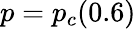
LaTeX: p=p_{c}(0.6)